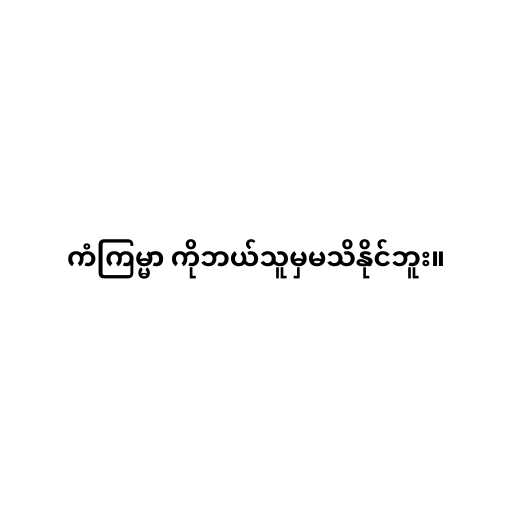
ကံကြမ္မာ ကိုဘယ်သူမှမသိနိုင်ဘူး။